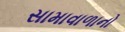
સામાવાળાનો